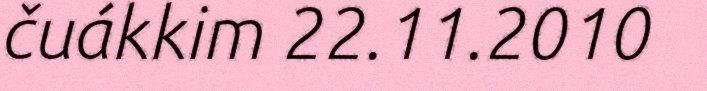
čuákkim 22.11.2010